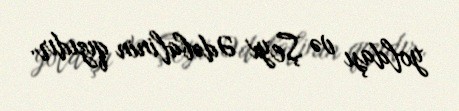
yoldaşı və Şeyx Ədəbalinin qızıdır.